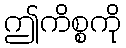
ဤကိစ္စကို